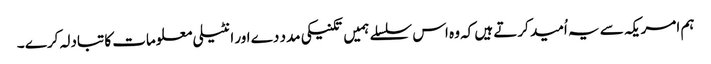
ہم امریکہ سے یہ اُمید کرتے ہیں کہ وہ اس سلسلے ہمیں تکنیکی مدد دے اور انٹیلی معلومات کا تبادلہ کرے ۔